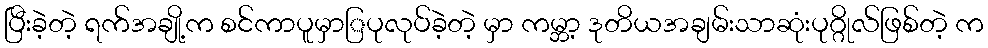
ပြီးခဲ့တဲ့ ရက်အချို့က စင်ကာပူမှာြပုလုပ်ခဲ့တဲ့ မှာ ကမ္ဘာ့ ဒုတိယအချမ်းသာဆုံးပုဂ္ဂိုလ်ဖြစ်တဲ့ က